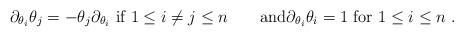
LaTeX: \begin{align*}\partial_{\theta_i} \theta_j=-\theta_j \partial_{\theta_i}\hbox{ if } 1 \leq i \neq j \leq n\qquad\hbox{and}\partial_{\theta_i} \theta_i = 1\hbox{ for }1 \leq i \leq n~.\end{align*}